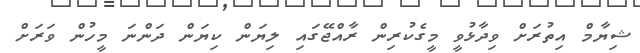
ޝިޔާމް އިތުރަށް ވިދާޅުވީ މީގެކުރިން ރާއްޖޭގައި ލިޔަން ކިޔަން ދަންނަ މީހުން ވަރަށް